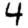
Digit: 4